Medical and sanitary report of the native army of Madras for the year
Year: 1872
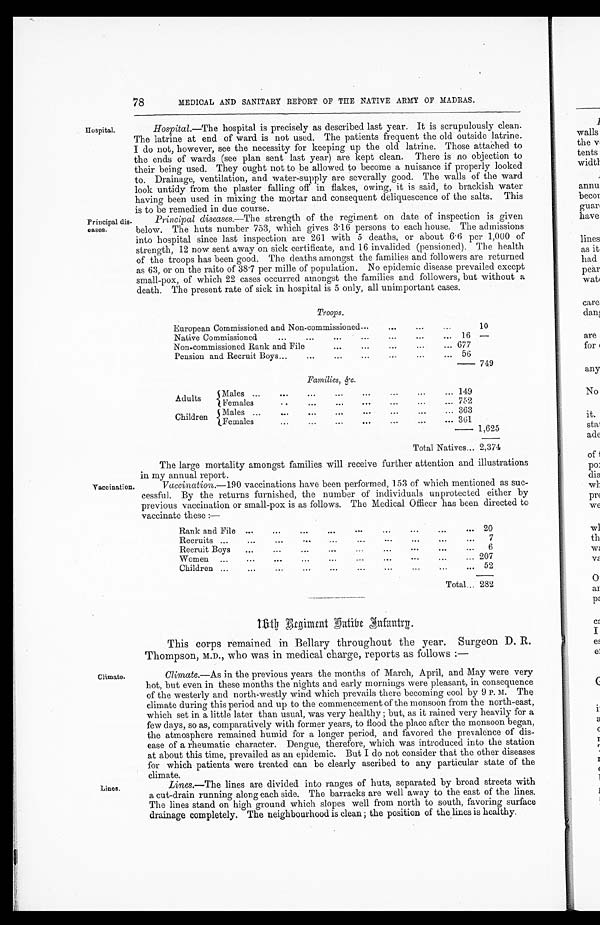
78
MEDICAL AND SANITARY REPORT OF THE NATIVE ARMY OF MADRAS.
Principal dis-
eases.
Hospital .—The hospital is precisely as described last year. It is scrupulously clean.
The latrine at end of ward is not used. The patients frequent the old outside latrine.
I do not, however, see the necessity for keeping up the old latrine. Those attached to
the ends of wards (see plan sent last year) are kept clean. There is no objection to
their being used. They ought not to be allowed to become a nuisance if properly looked
to. Drainage, ventilation, and water-supply are severally good. The walls of the ward
look untidy from the plaster falling off in flakes, owing, it is said, to brackish water
having been used in mixing the mortar and consequent deliquescence of the salts. This
is to be remedied in due course.
Principal diseases .—The strength of the regiment on date of inspection is given
below. The huts number 753, which gives 3.16 persons to each house. The admissions
into hospital since last inspection are 261 with 5 deaths, or about 6.6 per 1,000 of
strength, 12 now sent away on sick certificate, and 16 invalided (pensioned). The health
of the troops has been good. The deaths amongst the families and followers are returned
as 63, or on the raito of 38.7 per mille of population. No epidemic disease prevailed except
small-pox, of which 22 cases occurred amongst the families and followers, but without a
death. The present rate of sick in hospital is 5 only, all unimportant cases.
Troops.
European Commissioned and Non-commissioned...
...
... ...
10
Native Commissioned
...
...
...
...
...
...
16 —
Non-commissioned Rank and File
...
...
... ... 677
Pension and. Recruit Boys...
...
...
...
... ... 56
749
Families, &c.
Adults
Males ...
...
...
...
."
".
."
149
Females
..
...
...
...
...
...
... 752
Children
Males ...
...
....
...
...
...
...
...
363
Females
...
...
...
...
...
...
... 361
1,625
Total Natives... 2,374
Vaccination.
The large mortality amongst families will receive further attention and illustrations
in my annual report.
Vaccination .—190 vaccinations have been performed, 153 of which mentioned as suc-
cessful. By the returns furnished, the number of individuals unprotected either by
previous vaccination or small-pox is as follows. The Medical Officer has been directed to
vaccinate these :—
Rank and File ...
...
...
...
...
...
...
...
20
Recruits ......
...
...
...
...
...
...
...
...
7
Recruit Boys
...
...
...
...
...
...
...
6
W o m e n . . .
... ... ... ... ... ... ... ...
207
Children ...
...
...
... ... ... ...
52
Total... 282
Climate.
Lines.
16th Regiment Native Infantry.
This corps remained in Bellary throughout the year. Surgeon D. R.
Thompson, M.D., who was in medical charge, reports as follows :
—
Climate .—As in the previous years the months of March, April, and May were very
hot, but even in these months the nights and early mornings were pleasant, in consequence
of the westerly and north-westly wind which prevails there becoming cool by 9 P. M. The
climate during this period and up to the commencement of the monsoon from the north-east,
which set in a little later than usual, was very healthy ; but, as it rained very heavily for a
few days, so as, comparatively with former years, to flood the place after the monsoon began,
the atmosphere remained humid for a longer period, and favored the prevalence of dis-
ease of a rheumatic character. Dengue, therefore, which was introduced into the station
at about this time, prevailed as an epidemic. But I do not consider that the other diseases
for which patients were treated can be clearly ascribed to any particular state of the
climate.
Lines.—The lines are divided into ranges of huts, separated by broad streets with
a cut-drain running along each side. The barracks are well away to the east of the lines.
The lines stand on high ground which slopes well from north to south, favoring surface
drainage completely. The neighbourhood is clean ; the position of the lines is healthy.